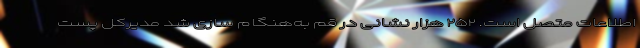
اطلاعات متصل است. ۲۵۲ هزار نشانی در قم به‌هنگام سازی شد مدیرکل پست